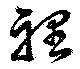
裡